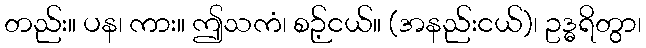
တည်း။ ပန၊ ကား။ ဤသကံ၊ စဉ့်ငယ်။ (အနည်းငယ်)၊ ဥဒ္ဓရိတွာ၊